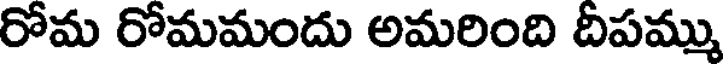
రోమ రోమమందు అమరింది దీపమ్ము